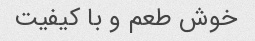
خوش طعم و با کیفیت